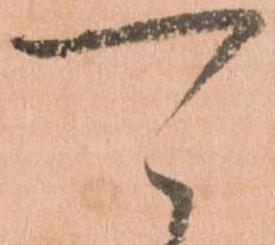
可